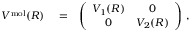
\begin{array} { r l r } { V ^ { \mathrm { m o l } } ( R ) } & { { } = } & { \left( \begin{array} { c c } { V _ { 1 } ( R ) } & { 0 } \\ { 0 } & { V _ { 2 } ( R ) } \end{array} \right) \, , } \end{array}